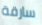
سارقة